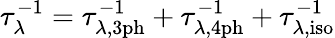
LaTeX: \tau_{\lambda}^{-1}=\tau_{\lambda,\mathrm{{3ph}}}^{-1}+\tau_{\lambda,\mathrm{{4ph}}}^{-1}+\tau_{\lambda,\mathrm{iso}}^{-1}